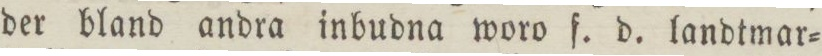
der bland andra inbudna woro f. d. landtmar=